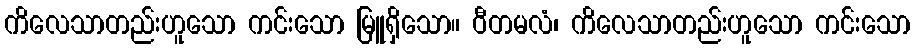
ကိလေသာတည်းဟူသော ကင်းသော မြူရှိသော။ ဝီတမလံ၊ ကိလေသာတည်းဟူသော ကင်းသော